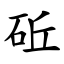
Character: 䂡